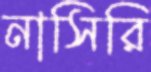
নাসিরি